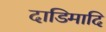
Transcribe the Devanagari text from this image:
दाडिमादि